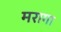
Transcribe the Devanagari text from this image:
मरागा